Annual administration report of the Civil Veterinary Department of India - 1901-1902
Year: 1901
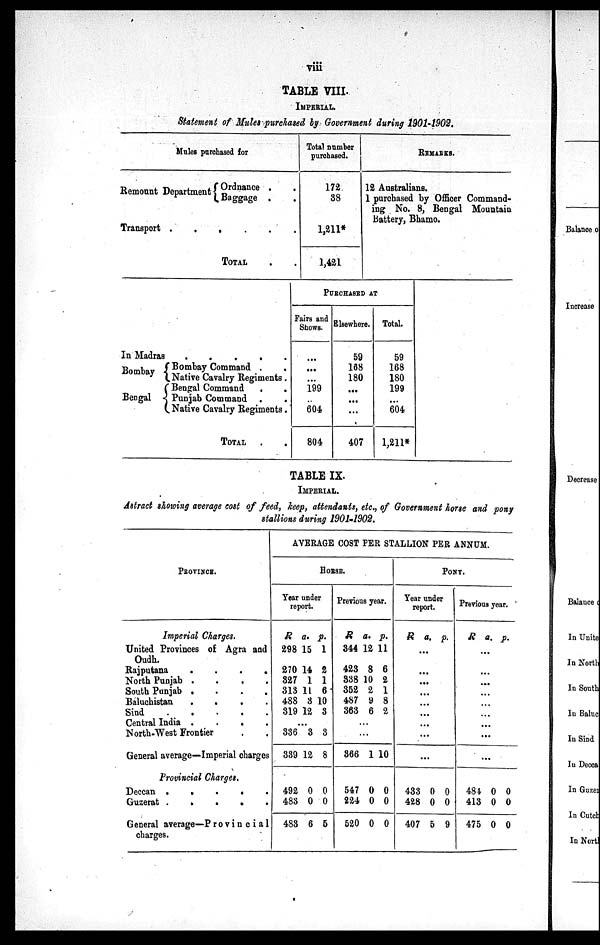
viii
TABLE VIII.
IMPERIAL
Statement of Mules purchased by Government during 1901-1902.
Mules purchased for
Remount Department Ordnance
.
Baggage .
Transport . . . . . .
TOTAL. .
Total number
purchased.
172
38
1,211*
1,421
REMARKS.
12 Australians.
1 purchased by Officer Command-
ing No. 8, Bengal Mountain
Battery, Bhamo.
In Madras . . . . .
Bombay
Bengal
Bombay Command . .
Native Cavalry Regiments .
Bengal Command . .
Punjab Command . .
Native Cavalry Regiments .
TOTAL . .
PURCHASED AT
Fairs and
Shows.
...
...
...
199
...
604
804
Elsewhere.
59
168
180
...
...
...
407
Total.
59
168
180
199
...
604
1,211*
TABLE IX.
IMPERIAL.
Astract showing average cost of feed, keep, attendants, etc., of Government horse and pony
stallions during 1901-1902.
PROVINCE.
Imperial Charges.
United Provinces of Agra and
Oudh.
Rajputana
.
.
.
.
North Punjab . . . .
South Punjab .
.
.
.
Baluchistan
.
.
.
.
Sind
.
.
.
.
.
Central India .
.
.
.
North-West Frontier . .
General average—Imperial charges
AVERAGE COST PER STALLION PER ANNUM.
HORSE.
Year under
report.
R
298
270
827
313
488
319
a. p
15
14
1
11
8 1
12
.
1
2
1
6
0
3
...
336
339
3
12
3
8
Previous year.
R
344
423
838
352
487
363
a.
12
8
10
2
9
6
p.
11
6
2
1
8
2
...
...
366 1 10
PONY.
Year under
report.
R a. p.
...
...
...
...
...
...
...
...
...
Previous year.
R a. p.
...
...
...
...
...
...
...
...
...
Provincial Charges.
Deccan .
.
.
.
.
Guzerat
.
.
.
.
.
General average—Provincial
charges.
492
483
483
0
0
6
0
0
5
547
224
520
0
0
0
0
0
0
433
428
407
0
0
5
0
0
9
484
413
475
0
0
0
0
0
0